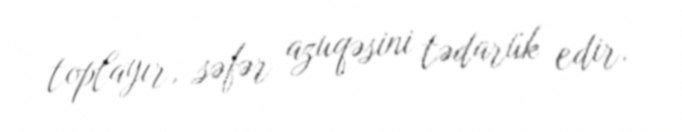
toplayır, səfər azuqəsini tədarük edir.